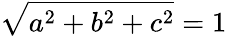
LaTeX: {\sqrt{a^{2}+b^{2}+c^{2}}}=1